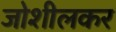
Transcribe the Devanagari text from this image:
जोशीलकर